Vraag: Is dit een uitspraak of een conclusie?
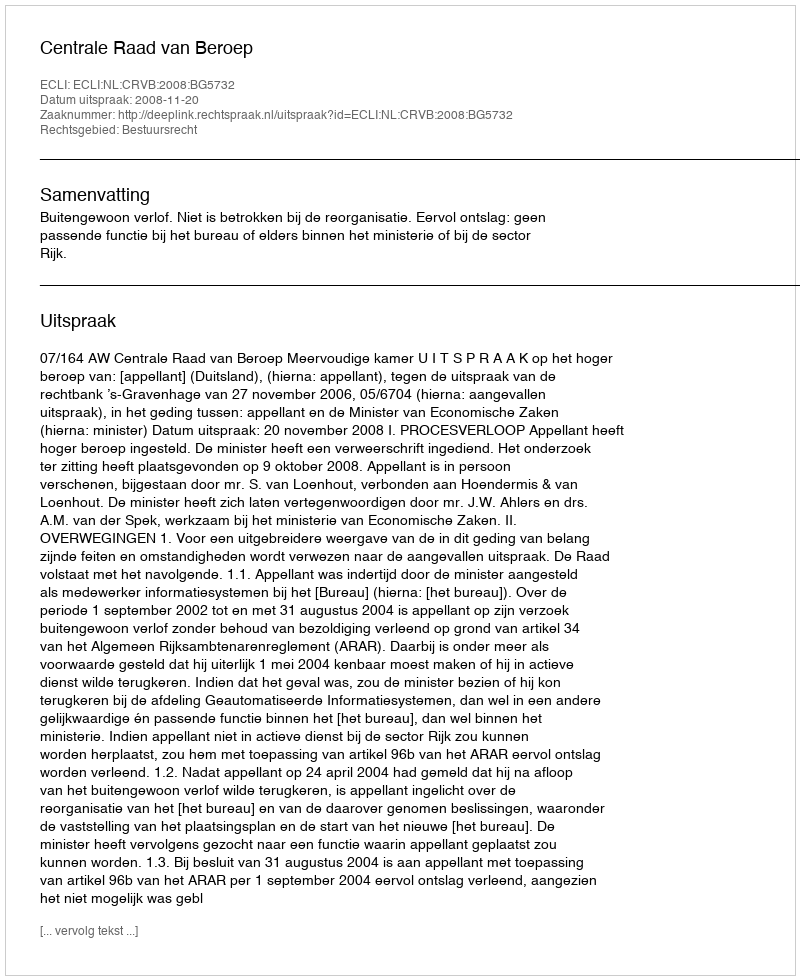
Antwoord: Uitspraak